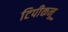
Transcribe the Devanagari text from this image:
टिपीकनू